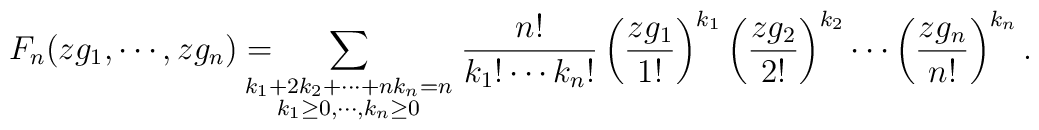
F_n(zg_1, \cdots ,zg_n) = \hspace{-5mm}    \sum_{{\scriptstyle k_1+2k_2+ \cdots +nk_n=n}\atop          {\scriptstyle k_1 \geq 0,\cdots ,k_n \geq 0}}         \frac{n!}{k_1! \cdots k_n!}          \left(          \frac{zg_1}{1!}         \right)^{k_1}         \left(          \frac{zg_2}{2!}         \right)^{k_2}            \cdots         \left(          \frac{zg_n}{n!}         \right)^{k_n}.